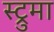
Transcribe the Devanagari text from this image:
स्ट्रुमा